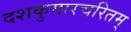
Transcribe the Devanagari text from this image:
दशकुमारचरितम्